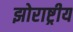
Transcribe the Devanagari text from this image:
झोराष्ट्रीय